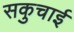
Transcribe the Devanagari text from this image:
सकुचाई